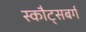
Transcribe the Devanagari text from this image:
स्कौट्सबर्ग